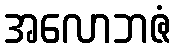
အလောဘဇံ